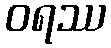
ဝရဿ